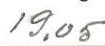
19,05